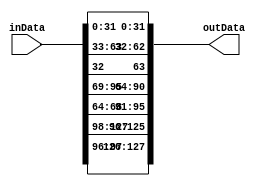
// Modu realizuje operacj Pi2 algorytmu Noekeon

module NoekeonPi2(
	input wire	[127:0]	inData,
	output wire	[127:0]	outData
);

assign outData[31:0]		= inData[31:0];
assign outData[63:32]	= {inData[32],inData[63:33]};
assign outData[95:64]	= {inData[68:64],inData[95:69]};
assign outData[127:96]	= {inData[97:96],inData[127:98]};

endmodule